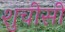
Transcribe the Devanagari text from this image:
शुचीसी